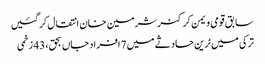
سابق قومی ویمن کرکٹرشرمین خان انتقال کرگئیں
ترکی میں ٹرین حادثے میں 7 افراد جاں بحق، 43 زخمی